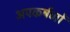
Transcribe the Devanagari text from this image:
अपकर्षणों